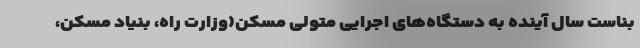
بناست سال آینده به دستگاه‌های اجرایی متولی مسکن(وزارت راه، بنیاد مسکن،